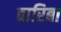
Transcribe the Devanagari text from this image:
बारिबा